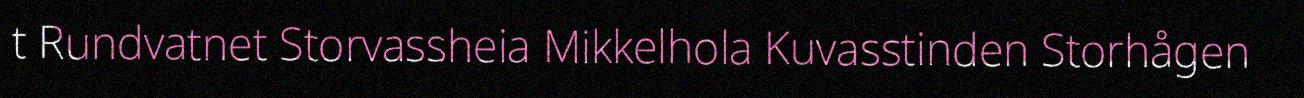
t Rundvatnet Storvassheia Mikkelhola Kuvasstinden Storhågen